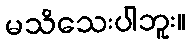
မသိသေးပါဘူး။